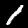
Digit: 1